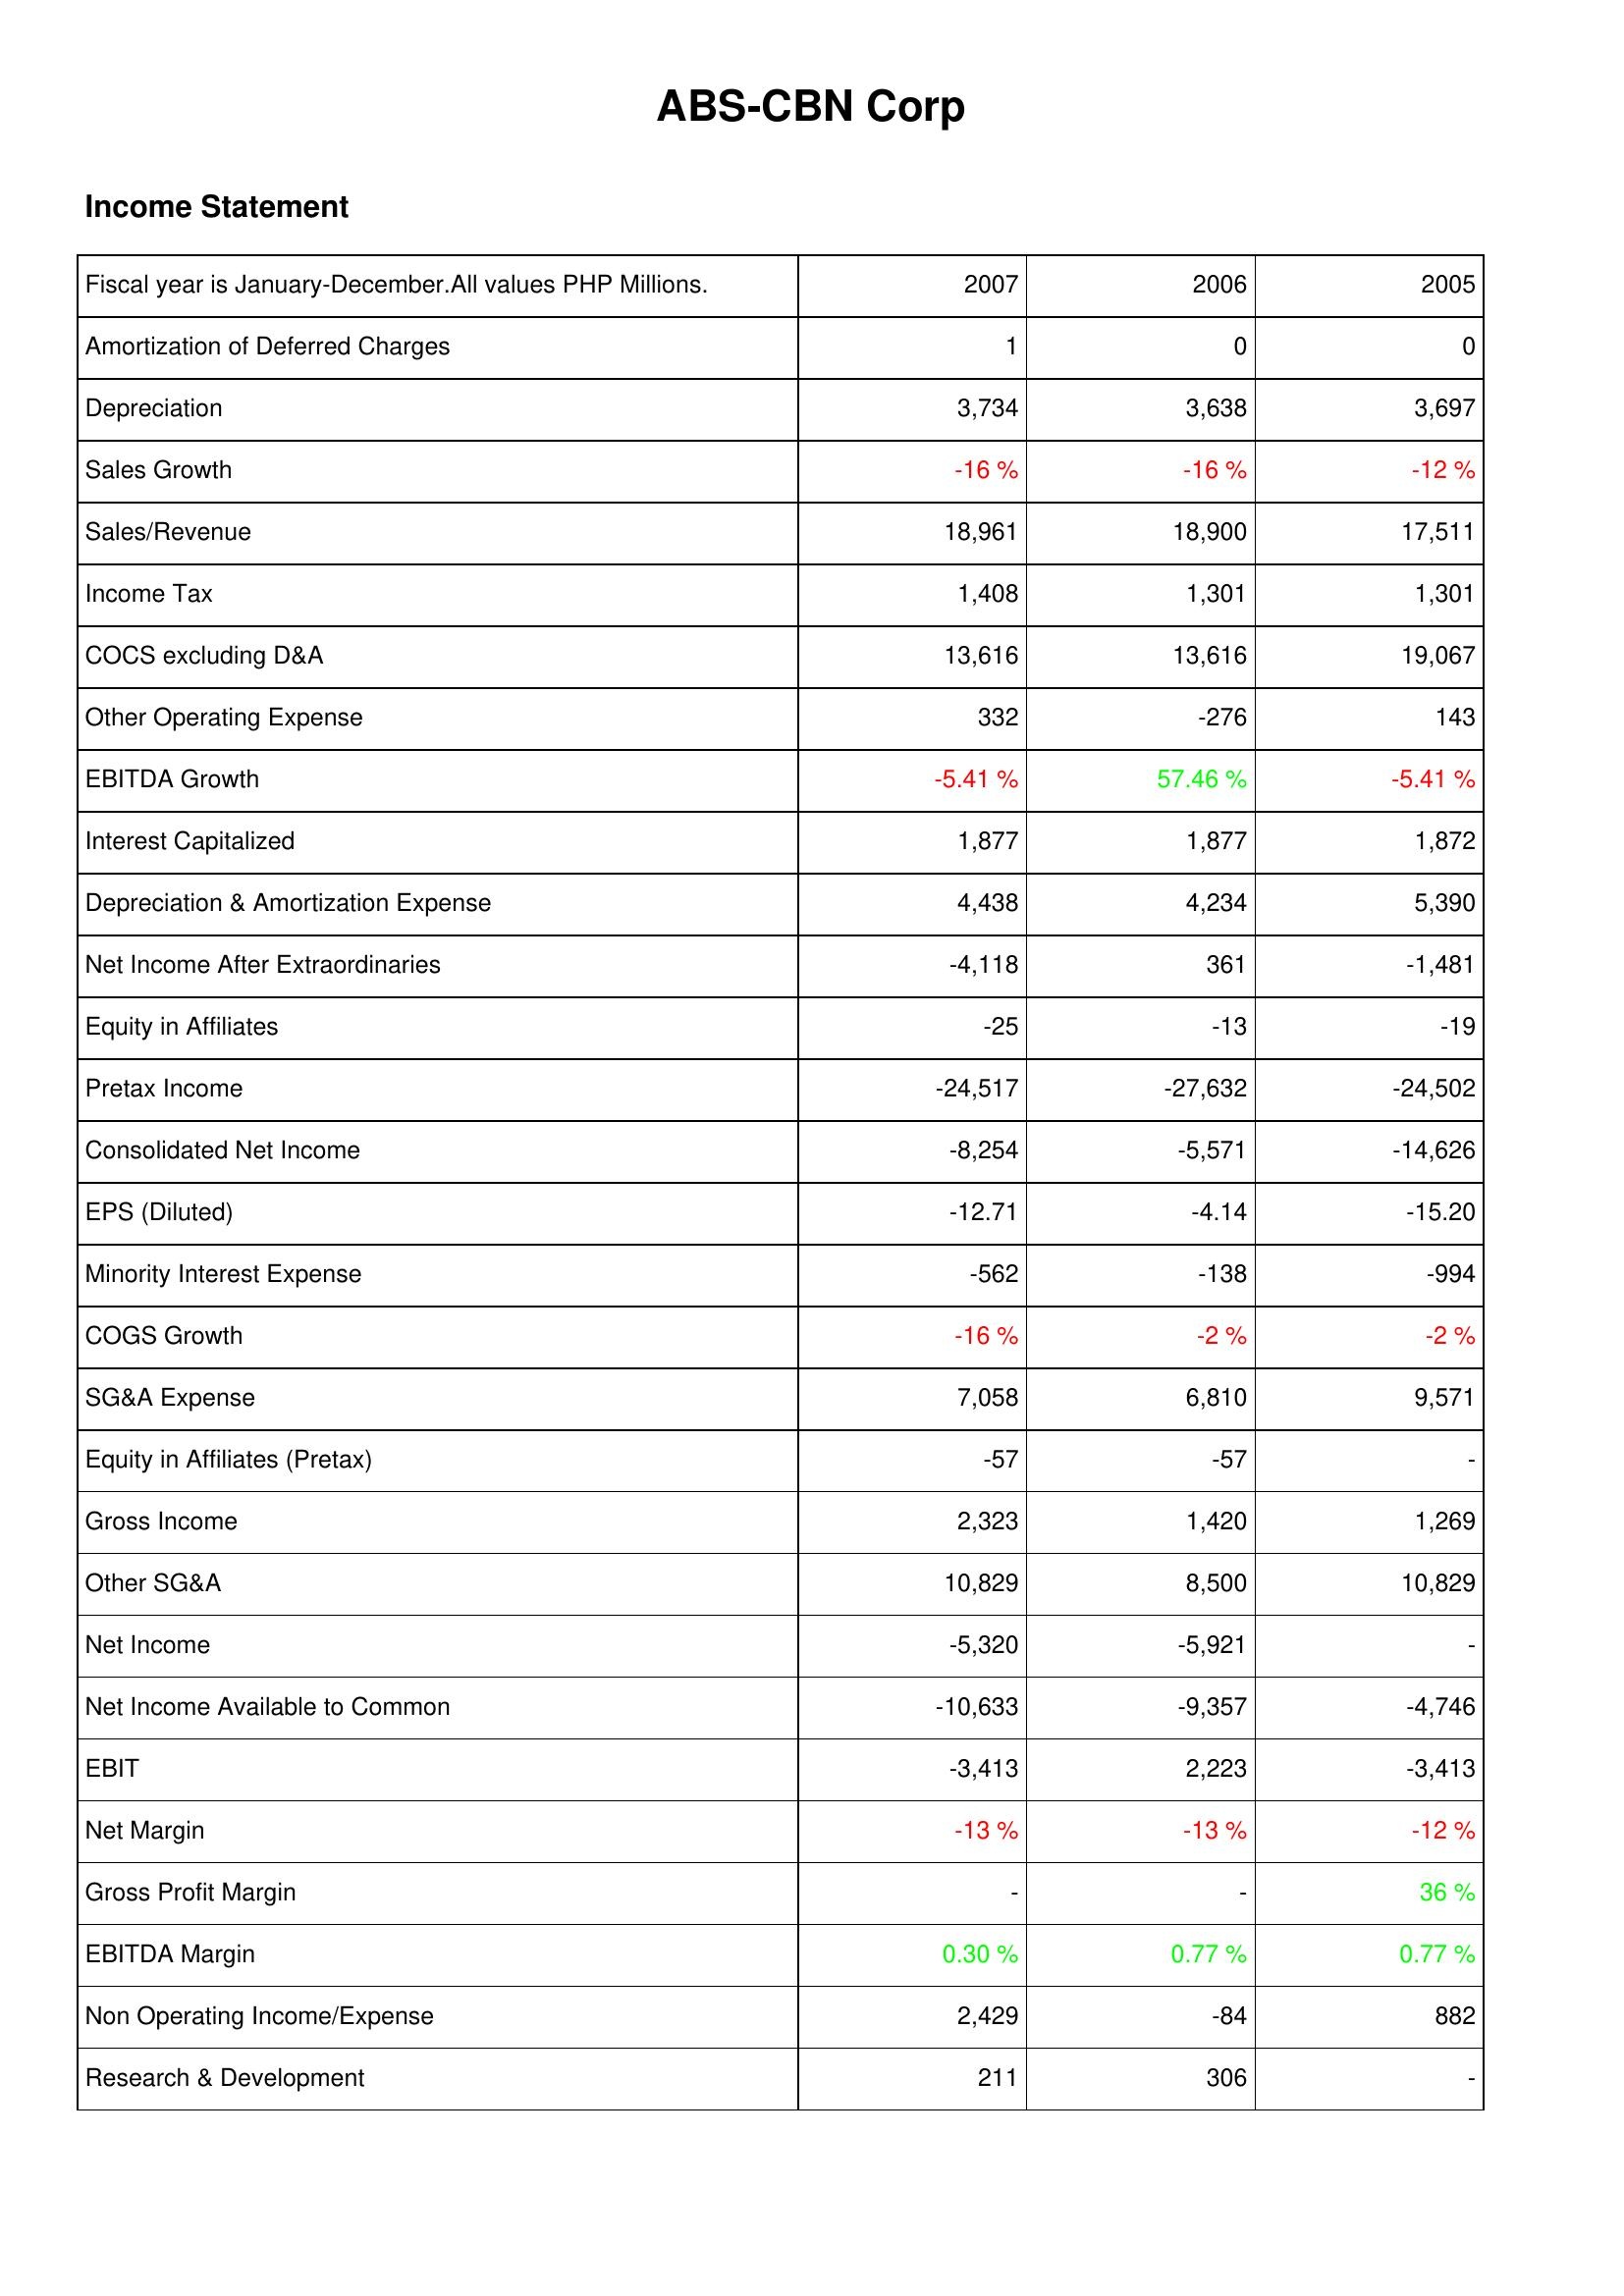
2007: Income Statement: Amortization of Deferred Charges: 1
Depreciation: 3,734
Sales Growth: -16 %
Sales/Revenue: 18,961
Income Tax: 1,408
COCS excluding D&A: 13,616
Other Operating Expense: 332
EBITDA Growth: -5.41 %
Interest Capitalized: 1,877
Depreciation & Amortization Expense: 4,438
Net Income After Extraordinaries: -4,118
Equity in Affiliates: -25
Pretax Income: -24,517
Consolidated Net Income: -8,254
EPS (Diluted): -12.71
Minority Interest Expense: -562
COGS Growth: -16 %
SG&A Expense: 7,058
Equity in Affiliates (Pretax): -57
Gross Income: 2,323
Other SG&A: 10,829
Net Income: -5,320
Net Income Available to Common: -10,633
EBIT: -3,413
Net Margin: -13 %
Gross Profit Margin: -
EBITDA Margin: 0.30 %
Non Operating Income/Expense: 2,429
Research & Development: 211
2006: Income Statement: Amortization of Deferred Charges: 0
Depreciation: 3,638
Sales Growth: -16 %
Sales/Revenue: 18,900
Income Tax: 1,301
COCS excluding D&A: 13,616
Other Operating Expense: -276
EBITDA Growth: 57.46 %
Interest Capitalized: 1,877
Depreciation & Amortization Expense: 4,234
Net Income After Extraordinaries: 361
Equity in Affiliates: -13
Pretax Income: -27,632
Consolidated Net Income: -5,571
EPS (Diluted): -4.14
Minority Interest Expense: -138
COGS Growth: -2 %
SG&A Expense: 6,810
Equity in Affiliates (Pretax): -57
Gross Income: 1,420
Other SG&A: 8,500
Net Income: -5,921
Net Income Available to Common: -9,357
EBIT: 2,223
Net Margin: -13 %
Gross Profit Margin: -
EBITDA Margin: 0.77 %
Non Operating Income/Expense: -84
Research & Development: 306
2005: Income Statement: Amortization of Deferred Charges: 0
Depreciation: 3,697
Sales Growth: -12 %
Sales/Revenue: 17,511
Income Tax: 1,301
COCS excluding D&A: 19,067
Other Operating Expense: 143
EBITDA Growth: -5.41 %
Interest Capitalized: 1,872
Depreciation & Amortization Expense: 5,390
Net Income After Extraordinaries: -1,481
Equity in Affiliates: -19
Pretax Income: -24,502
Consolidated Net Income: -14,626
EPS (Diluted): -15.20
Minority Interest Expense: -994
COGS Growth: -2 %
SG&A Expense: 9,571
Equity in Affiliates (Pretax): -
Gross Income: 1,269
Other SG&A: 10,829
Net Income: -
Net Income Available to Common: -4,746
EBIT: -3,413
Net Margin: -12 %
Gross Profit Margin: 36 %
EBITDA Margin: 0.77 %
Non Operating Income/Expense: 882
Research & Development: -